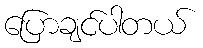
ပြောချင်ပါတယ်